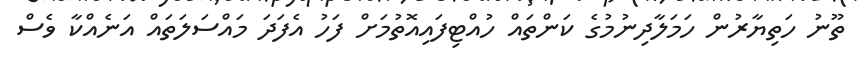
ތޫނު ހަތިޔާރުން ހަމަލާދިނުމުގެ ކަންތައް ހުއްޓިފައިއޮތުމަށް ފަހު އެފަދަ މައްސަލަތައް އަނެއްކާ ވެސް